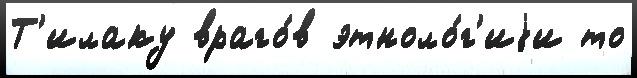
Т'илаку враго́в этноло́г'иjи то